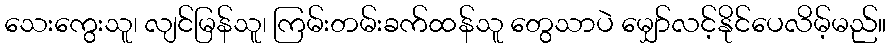
သေးကွေးသူ၊ လျင်မြန်သူ၊ ကြမ်းတမ်းခက်ထန်သူ တွေသာပဲ မျှော်လင့်နိုင်ပေလိမ့်မည်။